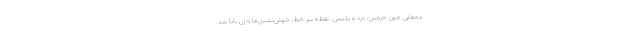
عه‌هایی چون خروس، دزد و پلیس، نقطه سر خط، خوش‌نشین‌ها و زن بابا شد.